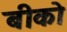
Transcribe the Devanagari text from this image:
बीको